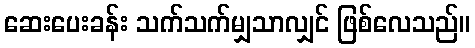
ဆေးပေးခန်း သက်သက်မျှသာလျှင် ဖြစ်လေသည်။